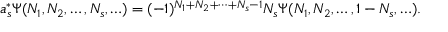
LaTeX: a _ { s } ^ { * } \Psi ( N _ { 1 } , N _ { 2 } , \ldots , N _ { s } , \ldots ) = ( - 1 ) ^ { N _ { 1 } + N _ { 2 } + \cdots + N _ { s } - 1 } N _ { s } \Psi ( N _ { 1 } , N _ { 2 } , \ldots , 1 - N _ { s } , \ldots ) .